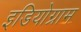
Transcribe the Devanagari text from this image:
इडियोग्राम